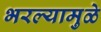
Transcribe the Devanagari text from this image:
भरल्यामुळे